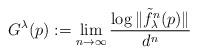
LaTeX: \begin{align*}G^{\lambda}(p):=\lim_{n\to\infty}\frac{\log\|\tilde{f}_{\lambda}^n(p)\|}{d^n}\end{align*}